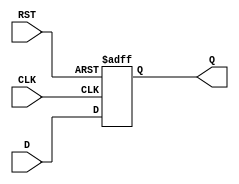
module DFF (
    input D, // Data input
    input CLK, // Clock input
    input RST, // Asynchronous reset input
    output reg Q // Output
);

always @(posedge CLK or posedge RST) begin
    if (RST) begin
        Q <= 1'b0; // Reset the flip-flop to 0
    end else begin
        Q <= D; // Transfer D input to Q output on rising edge of clock
    end
end

endmodule